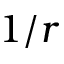
1 / r